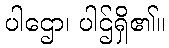
ပါဌော၊ ပါဌ်ရှိ၏။